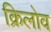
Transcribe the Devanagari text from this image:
क्रिलोव